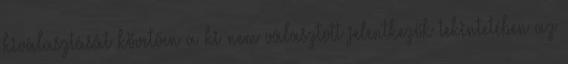
kiválasztását követően a ki nem választott jelentkezők tekintetében az